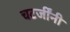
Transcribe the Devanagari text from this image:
चटर्जींनी